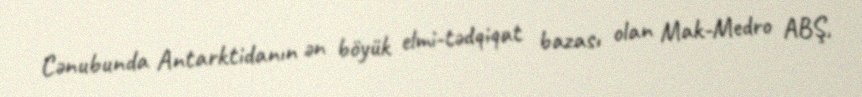
Cənubunda Antarktidanın ən böyük elmi-tədqiqat bazası olan Mak-Medro ABŞ,